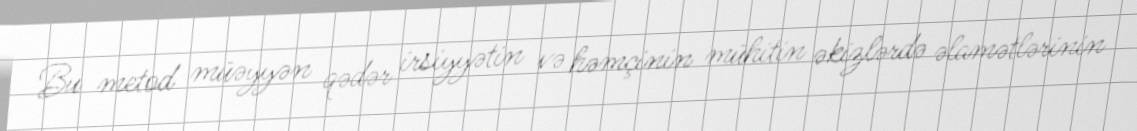
Bu metod müəyyən qədər irsiyyətin və həmçinin mühitin əkizlərdə əlamətlərinin